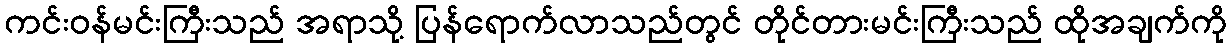
ကင်းဝန်မင်းကြီးသည် အရာသို့ ပြန်ရောက်လာသည်တွင် တိုင်တားမင်းကြီးသည် ထိုအချက်ကို